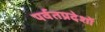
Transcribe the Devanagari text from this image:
पर्वतप्रदेशों